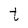
Character: t